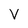
Character: V